Madras plague regulations in force outside the Presidency town - Volume 5
Disease focus: Plague
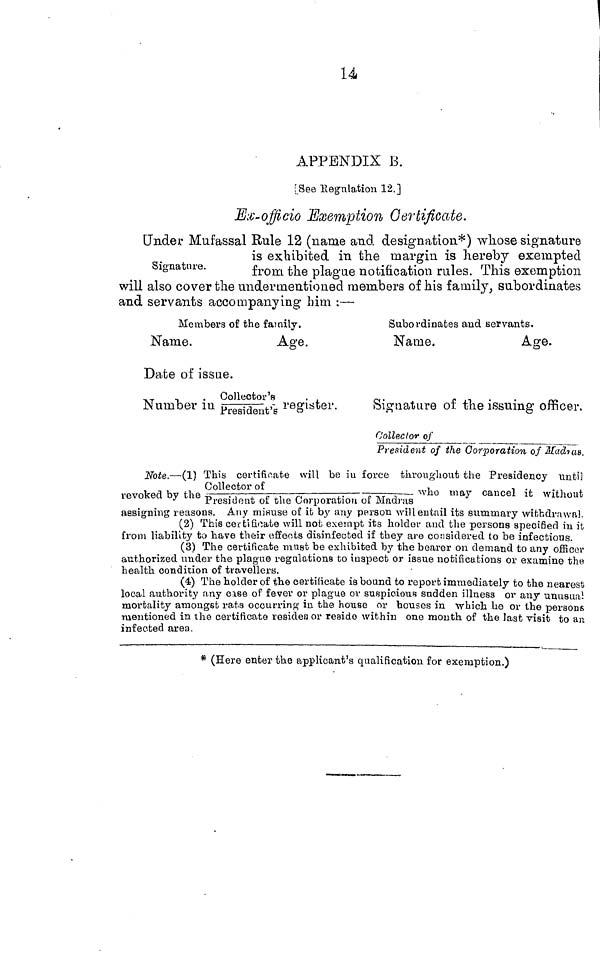
14 APPENDIX B.
[See Regulation 12.]
Ex-officio Exemption Certificate.
Signature.
/ Under Mufassal Rule 12 (name and designation*)
is exhibited in the margin is hereby exempted
from the plague notification rules. This exemption
will also cover the undermentioned members of his family, subordinates
and servants accompanying him :—
Members o
Name.
f the family.
Age.
Date of issue.
Number in Collector' s/President' s register.
Subordinates and servants.
Name.
Age.
Signature of the issuing officer.
Collector of
President of the Corporation of Madras.
Note.—(1) This certificate will be in force throughout the Presidency until
revoked by the collector of /president of the corporation of Madras who may cancel it without
assigning reasons. Any misuse of it by any person will entail its summary withdrawal.
(2) This certificate will not exempt its holder and the persons specified in it
from liability to have their effects disinfected if they are considered to be infectious.
(3) The certificate must be exhibited by the bearer on demand to any officer
authorized under the plague regulations to inspect or issue notifications or examine the
health condition of travellers.
(4) The holder of the certificate is bound to report immediately to the nearest
local authority any case of fever or plague or suspicious sudden illness or any unusual
mortality amongst rats occurring in the house or houses in which he or the persone
mentioned in the certificate residen or reside within one month of the last visit to an
infected area.
* (Here enter the applicant's qualification for exemption.)